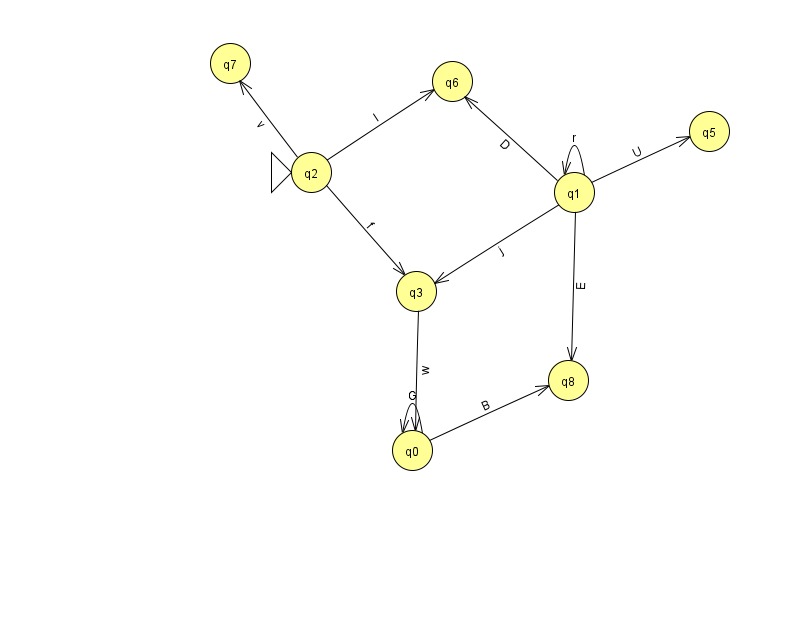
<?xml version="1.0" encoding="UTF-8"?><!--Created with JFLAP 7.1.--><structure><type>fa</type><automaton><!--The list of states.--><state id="0" name="q0"><x>412.0</x><y>437.0</y></state><state id="1" name="q1"><x>574.0</x><y>179.0</y></state><state id="2" name="q2"><x>311.0</x><y>159.0</y><initial/></state><state id="3" name="q3"><x>416.0</x><y>278.0</y></state><state id="5" name="q5"><x>709.0</x><y>118.0</y></state><state id="6" name="q6"><x>452.0</x><y>68.0</y></state><state id="7" name="q7"><x>230.0</x><y>50.0</y></state><state id="8" name="q8"><x>568.0</x><y>367.0</y></state><!--The list of transitions.--><transition><from>1</from><to>3</to><read>j</read></transition><transition><from>2</from><to>6</to><read>l</read></transition><transition><from>1</from><to>1</to><read>r</read></transition><transition><from>2</from><to>7</to><read>v</read></transition><transition><from>3</from><to>0</to><read>w</read></transition><transition><from>0</from><to>0</to><read>G</read></transition><transition><from>0</from><to>8</to><read>B</read></transition><transition><from>1</from><to>8</to><read>E</read></transition><transition><from>2</from><to>3</to><read>f</read></transition><transition><from>1</from><to>5</to><read>U</read></transition><transition><from>1</from><to>6</to><read>D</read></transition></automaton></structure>